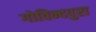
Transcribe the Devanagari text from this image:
गोविन्दपुरा